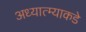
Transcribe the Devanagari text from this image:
अध्यात्म्याकडे